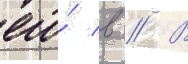
его́ в // В